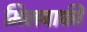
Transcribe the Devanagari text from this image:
मिलवाकी